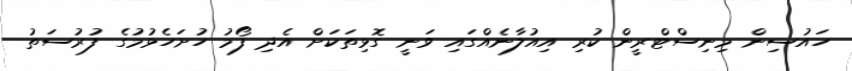
ހައުސިން މިނިސްޓްރީން ކުރި އިއުލާނެއްގައި ވަނީ ގޮޅިތަކަށް އެދި ފޯމު ހުށަހެޅުމުގެ ފުރުސަތު